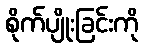
စိုက်ပျိုးခြင်းကို